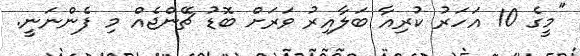
"މީގެ 10 އަހަރު ކުރިއާ ބަލާއިރު ވަރަށް ބޮޑު ޗޭންޖެއް މި ފެންނަނީ.